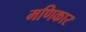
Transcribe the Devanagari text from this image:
मणिकार